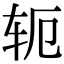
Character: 轭